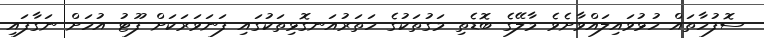
ސޮފުހާތައް ހުޅުވައިލައްވާށެވެ މާލޭގެ ބޮޑެތި މަގުތަކުގެ ހަތަރުއަނގޮޅިތަކުގައި ފަނަވަރަކަށް ފޫޓު އުހަށް ނަގާފައި